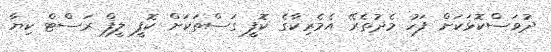
ދުވަސްކޮޅަކަށް ފަހު މެދުތެރޭ އެމެރިކާގެ ކޮފީ ގަސްތަކަށް ކޮފީ ލީފް ރަސްޓް ކިޔާ